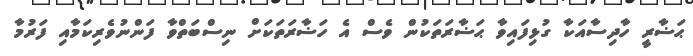
ޙަޟާރީ ހާދިސާއަކާ ގުޅިފައިވާ ޙަޟާރަތަކުން ވެސް އެ ހަޟާރަތަކަށް ނިސްބަތްވާ ފަންނުވެރިކަމާއި ފަރުމާ